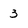
Character: 3